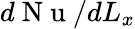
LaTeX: d\mathrm{~N~u~}/dL_{x}